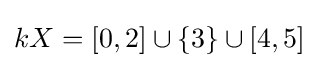
kX=[0,2]\cup \{3\}\cup [4,5]